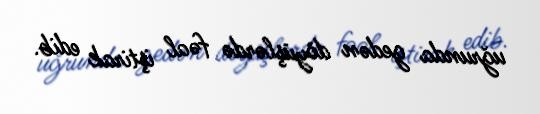
uğrunda gedən döyüşlərdə fəal iştirak edib.